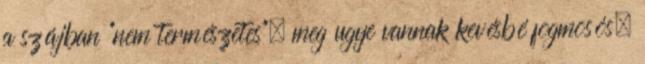
a szájban “nem természetes”, meg ugye vannak kevésbé fogmosós,